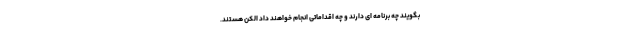
بگویند چه برنامه ای دارند و چه اقداماتی انجام خواهند داد الکن هستند.